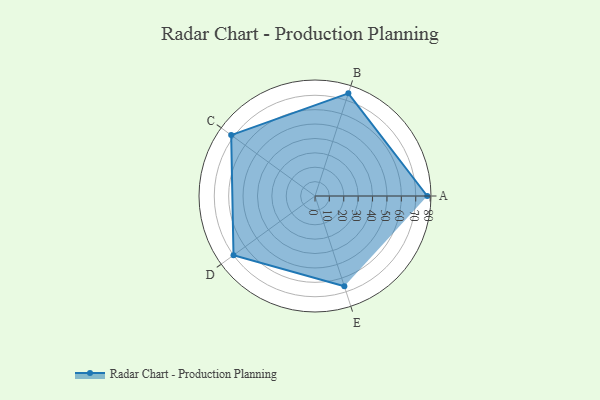
{"axis": {"x": "Skill", "y": "Score"}, "legend": ["Profile"], "data": [{"x": "A", "y": 78.0, "type": "Profile"}, {"x": "B", "y": 75.0, "type": "Profile"}, {"x": "C", "y": 72.0, "type": "Profile"}, {"x": "D", "y": 70.0, "type": "Profile"}, {"x": "E", "y": 66.0, "type": "Profile"}]}